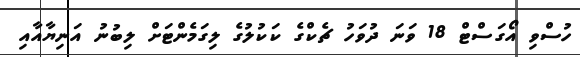
ހުސްވި އޯގަސްޓް 18 ވަނަ ދުވަހު ޗެކްގެ ކަކުލުގެ ލިގަމެންޓަށް ލިބުނު އަނިޔާއާއި